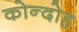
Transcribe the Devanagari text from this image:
कोन्‍दोह